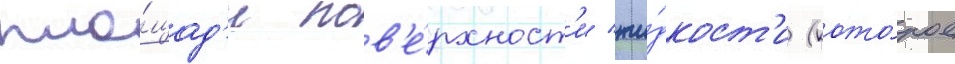
пло́щад'и пов'е́рхност'и жи́дкост'и (кото́рое